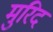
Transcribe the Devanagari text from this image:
मुरिद